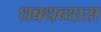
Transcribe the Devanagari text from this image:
धबधब्यास